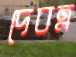
দেবত্র